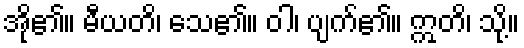
အို၏။ မီယတိ၊ သေ၏။ ဝါ၊ ပျက်၏။ ဣတိ၊ သို့။